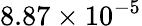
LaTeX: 8.87\times 10^{-5}